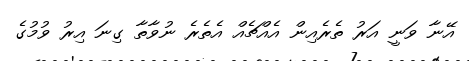
އޭނާ ވަނީ އަރު ތެރެއިން އެއްޗެއް އެތެރެ ނުވާތާ ގިނަ އިރު ވުމުގެ